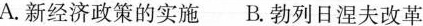
A.新经济政策的实施B.勃列日涅夫改革